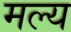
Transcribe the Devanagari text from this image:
मल्य